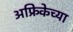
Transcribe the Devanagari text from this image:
अफ्रिकेच्या